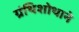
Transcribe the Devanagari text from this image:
ग्रंथिशोथाने